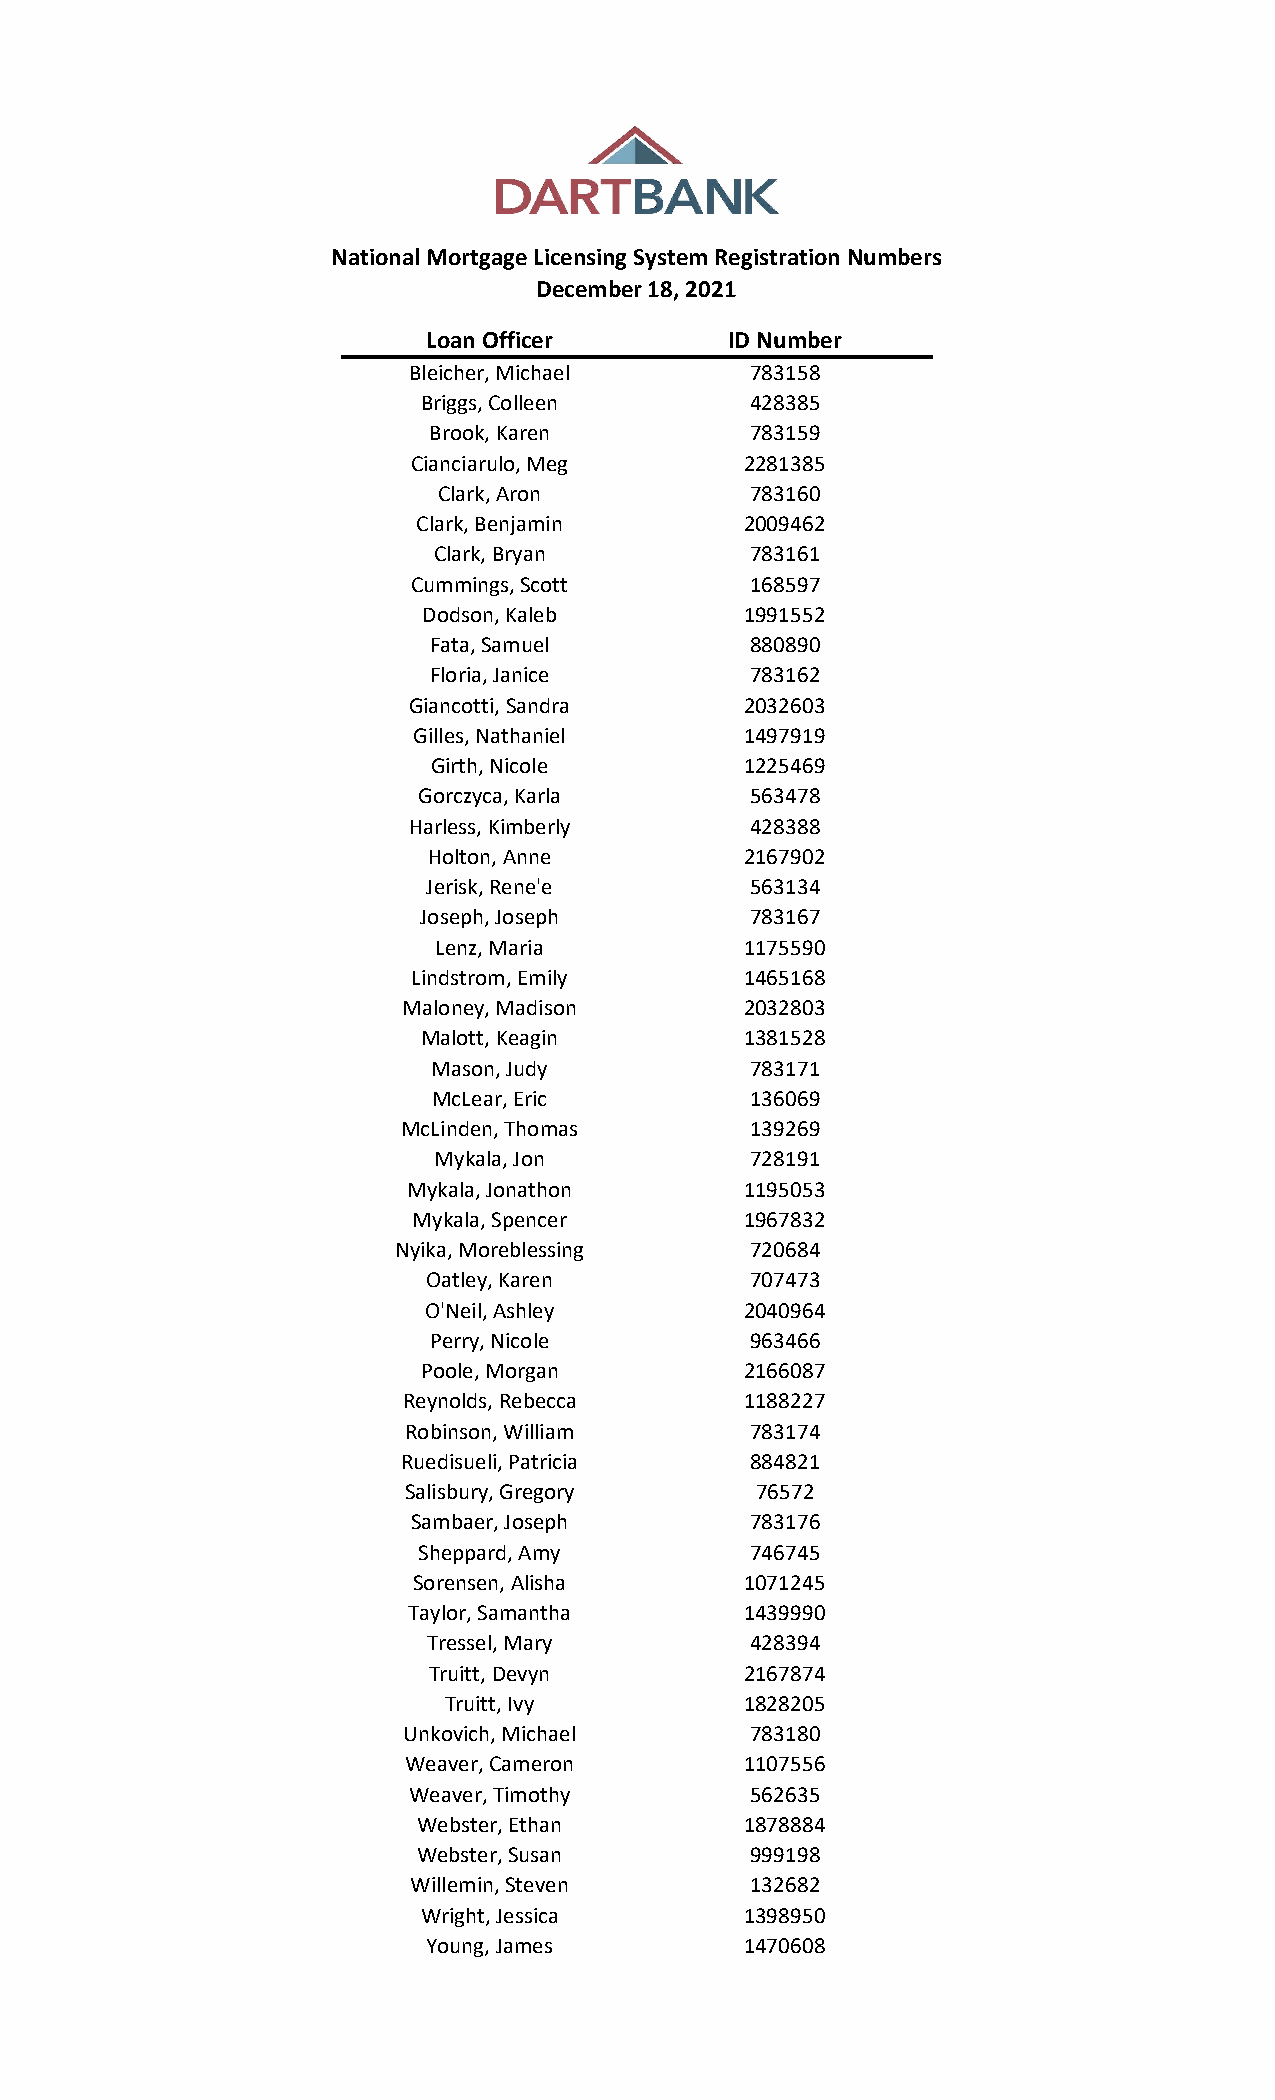
National Mortgage Licensing System Registration Numbers
 December 18, 2021
 Loan Officer        ID Number
 Bleicher, Michael      783158
 Briggs, Colleen       428385
 Brook, Karen          783159
 Cianciarulo, Meg      2281385
 Clark, Aron          783160
 Clark, Benjamin      2009462
 Clark, Bryan         783161
 Cummings, Scott        168597
 Dodson, Kaleb        1991552
 Fata, Samuel          880890
 Floria, Janice        783162
 Giancotti, Sandra     2032603
 Gilles, Nathaniel     1497919
 Girth, Nicole       1225469
 Gorczyca, Karla       563478
 Harless, Kimberly      428388
 Holton, Anne         2167902
 Jerisk, Rene'e        563134
 Joseph, Joseph        783167
 Lenz, Maria         1175590
 Lindstrom, Emily      1465168
 Maloney, Madison      2032803
 Malott, Keagin       1381528
 Mason, Judy          783171
 McLear, Eric         136069
 McLinden, Thomas       139269
 Mykala, Jon          728191
 Mykala, Jonathon      1195053
 Mykala, Spencer       1967832
 Nyika, Moreblessing     720684
 Oatley, Karen         707473
 O'Neil, Ashley       2040964
 Perry, Nicole         963466
 Poole, Morgan        2166087
 Reynolds, Rebecca     1188227
 Robinson, William      783174
 Ruedisueli, Patricia   884821
 Salisbury, Gregory     76572
 Sambaer, Joseph        783176
 Sheppard, Amy         746745
 Sorensen, Alisha      1071245
 Taylor, Samantha      1439990
 Tressel, Mary         428394
 Truitt, Devyn        2167874
 Truitt, Ivy         1828205
 Unkovich, Michael      783180
 Weaver, Cameron       1107556
 Weaver, Timothy        562635
 Webster, Ethan       1878884
 Webster, Susan        999198
 Willemin, Steven       132682
 Wright, Jessica      1398950
 Young, James         1470608